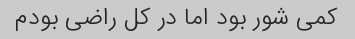
کمی شور بود اما در کل راضی بودم